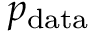
p _ { \mathrm { d a t a } }